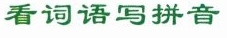
看词语写拼音